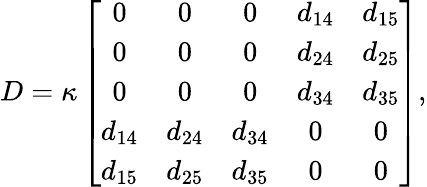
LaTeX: D=\kappa\left[\begin{array}{ccccc}{0}&{0}&{0}&{d_{14}}&{d_{15}}\\ {0}&{0}&{0}&{d_{24}}&{d_{25}}\\ {0}&{0}&{0}&{d_{34}}&{d_{35}}\\ {d_{14}}&{d_{24}}&{d_{34}}&{0}&{0}\\ {d_{15}}&{d_{25}}&{d_{35}}&{0}&{0}\end{array}\right],